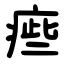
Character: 㾚